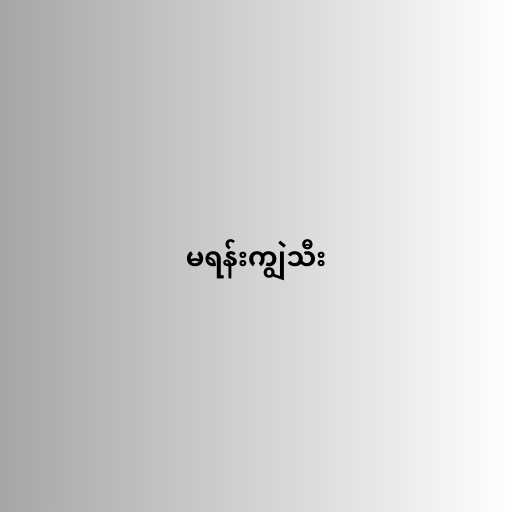
မရန်းကျွဲသီး